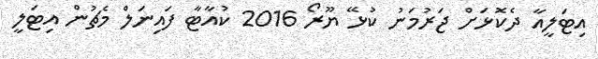
އިޓަލީއާ ދެކޮޅަށް ޖަރުމަނު ކުޅޭ ޔޫރޯ 2016 ކުއާޓާ ފައިނަލް މެޗުން އިޓަލީ